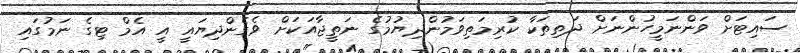
ސައިޓަށް ވަންނަމީހުންނަށް ދަތިތަކާ ކުރިމަތިވަމުންދިޔުމުގެ ނަތީޖާއަކަށް ވެގެންދިޔައީ އީ އެމް ޓިގެ ނަމުގައި